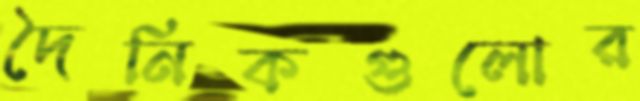
দৈনিকগুলোর